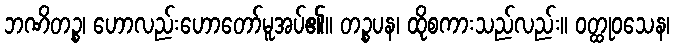
ဘဏိတဉ္စ၊ ဟောလည်းဟောတော်မူအပ်၏။ တဉ္စပန၊ ထိုစကားသည်လည်း။ ဝတ္ထုဝသေန၊